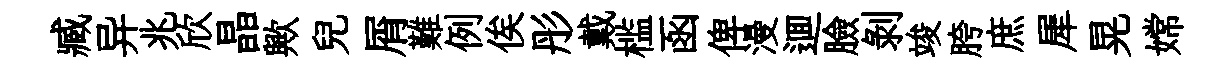
臧异兆欣晶歟兒屑難例俟彤戴槛函俾漫逥臉剥竣胯庶犀晃嫦